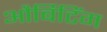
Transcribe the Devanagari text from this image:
और्बिटिंग